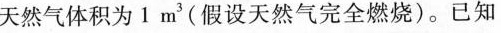
天然气体积为1m^{3}(假设天然气完全燃烧)。已知